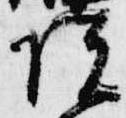
院